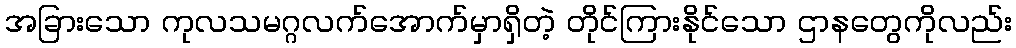
အခြားသော ကုလသမဂ္ဂလက်အောက်မှာရှိတဲ့ တိုင်ကြားနိုင်သော ဌာနတွေကိုလည်း